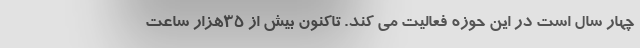
چهار سال است در این حوزه فعالیت می کند. تاکنون بیش از ۳۵هزار ساعت